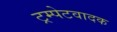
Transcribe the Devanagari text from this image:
ट्रम्पेटवादक